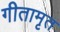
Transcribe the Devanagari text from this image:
गीतामृत